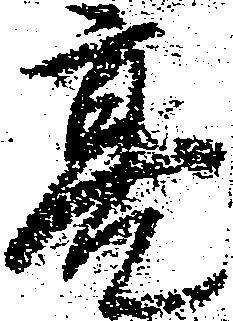
亮